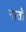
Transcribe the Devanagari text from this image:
नातो